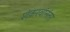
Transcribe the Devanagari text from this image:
शंकरवांनंतर